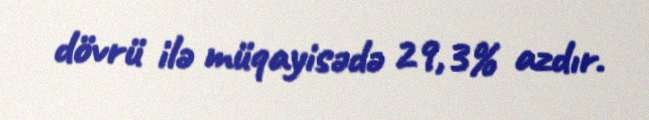
dövrü ilə müqayisədə 29,3% azdır.